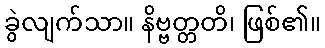
ခွဲလျက်သာ။ နိဗ္ဗတ္တတိ၊ ဖြစ်၏။